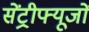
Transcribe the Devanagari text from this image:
सेंट्रीफ्यूजों